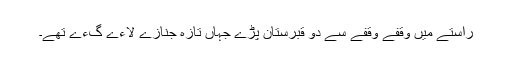
راستے میں وقفے وقفے سے دو قبرستان پڑے جہاں تازہ جنازے لاءے گءے تھے۔